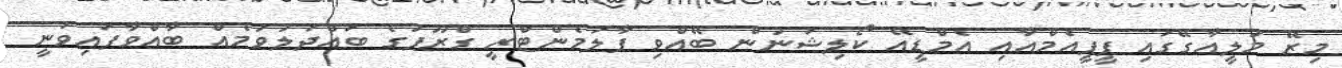
މިރޭ މުލީއާގޭގައި ޕީޕީއެމްއާއި އެމްޑީއޭ ކޯލިޝަނުން ބޭއްވި ޕާލަމެންޓްރީ ގްރޫޕުގެ ބައްދަލުވުމެއް ބާއްވާފައިވަނީ